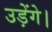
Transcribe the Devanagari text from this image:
उड़ेंगे।